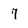
Character: 7